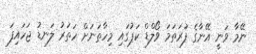
ނޭމާ ވަނީ އޭނާގެ ފުރަތަމަ ވޯލްޑް ކަޕުގައި މިހާތަނަށް ހަތަރު ލަނޑު ޖަހައިފަ